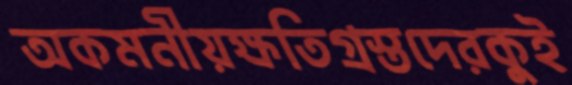
অকমনীয়ক্ষতিগ্রস্তদেরকুই